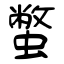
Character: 蟞